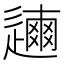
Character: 𨗃